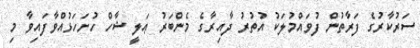
ސަރުކާރުގެ ފަރާތުން ފުވައްމުލަކު އުތުރު ދާއިރާގެ މެންބަރު ޢަލީ ޝާހް ހުށަހަޅުއްވާފައިވާ މި